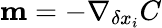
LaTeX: \mathbf{m}=-\nabla_{\delta x_{i}}C